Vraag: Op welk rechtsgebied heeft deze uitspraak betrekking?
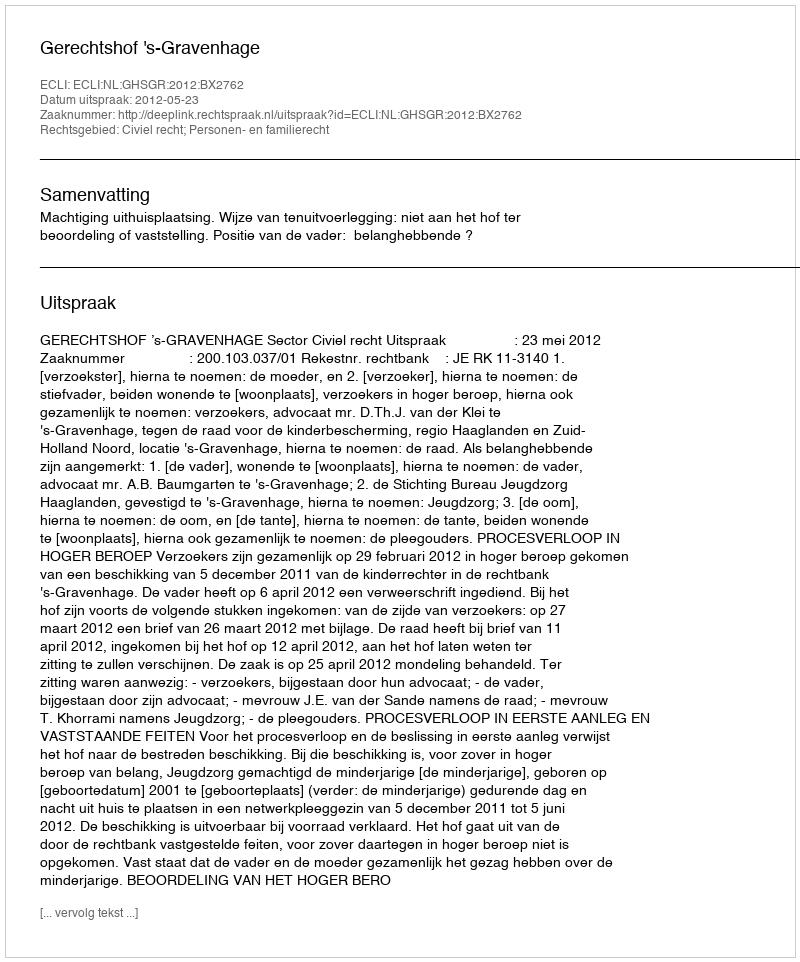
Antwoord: Civiel recht; Personen- en familierecht